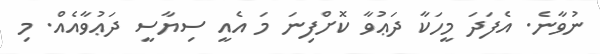
ނުވާނެ. އެފަދަ މީހަކާ ދަޢުވާ ކޮށްފިނަ މަ އެއީ ސިޔާސީ ދަޢުވާއެއް. މި